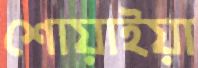
শোয়াইয়া